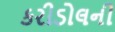
કરીડોલની